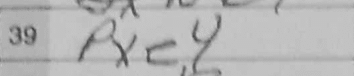
Transcription: Pxe4